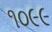
૧૦૯૯